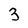
Character: 3